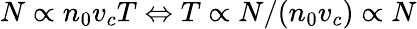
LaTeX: N\propto n_{0}v_{c}T\Leftrightarrow T\propto N/(n_{0}v_{c})\propto N